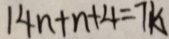
1 4 n + n + 4 = 7 k